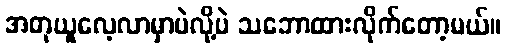
အတုယူလေ့လာမှာပဲလို့ပဲ သဘောထားလိုက်တော့မယ်။